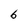
Character: 6